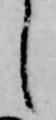
し